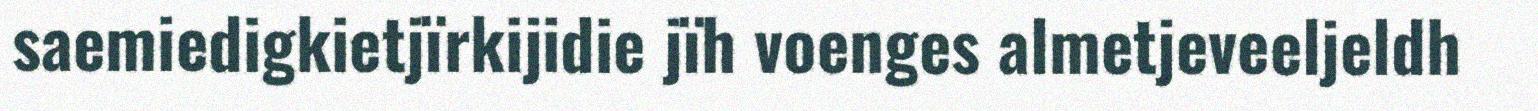
saemiedigkietjïrkijidie jïh voenges almetjeveeljeldh